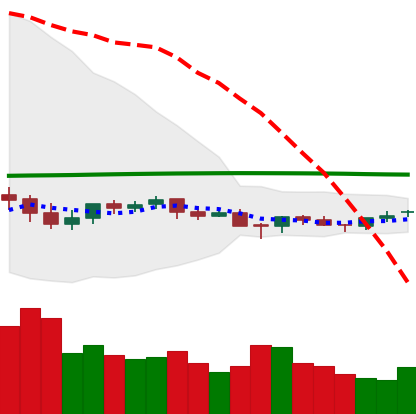
Ticker: LTC-USD
Chart end date: 2021-06-15
Forward return: -13.191%
Label: down_7plus